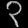
Digit: ၃